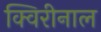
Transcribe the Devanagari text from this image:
क्विरीनाल